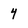
Character: y